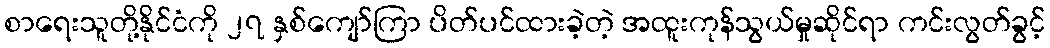
စာရေးသူတို့နိုင်ငံကို ၂၇ နှစ်ကျော်ကြာ ပိတ်ပင်ထားခဲ့တဲ့ အထူးကုန်သွယ်မှုဆိုင်ရာ ကင်းလွတ်ခွင့်